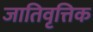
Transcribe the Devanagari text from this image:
जातिवृत्तिक